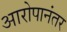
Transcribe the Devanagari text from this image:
आरोपानंतर